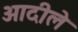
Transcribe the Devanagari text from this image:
आदीले